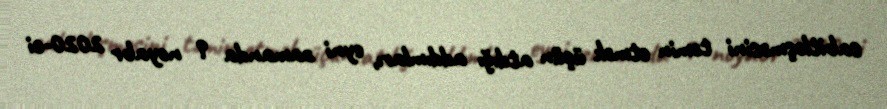
sabitləşməsini təmin etmək üçün atdığı addımları, eyni zamanda 9 noyabr 2020-ci